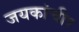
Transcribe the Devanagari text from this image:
जयकांचीर